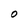
Character: O